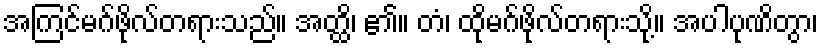
အကြင်မဂ်ဖိုလ်တရားသည်။ အတ္ထိ၊ ၏။ တံ၊ ထိုမဂ်ဖိုလ်တရားသို့။ အပါပုဏိတွာ၊